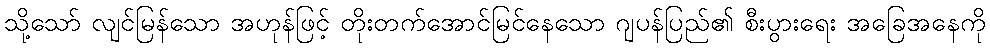
သို့သော် လျင်မြန်သော အဟုန်ဖြင့် တိုးတက်အောင်မြင်နေသော ဂျပန်ပြည်၏ စီးပွားရေး အခြေအနေကို